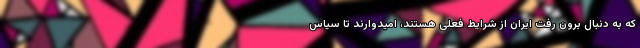
که به دنبال برون رفت ایران از شرایط فعلی هستند، امیدوارند تا سیاس